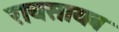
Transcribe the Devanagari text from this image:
रायसायब